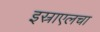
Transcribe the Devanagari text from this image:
इस्राएलचा